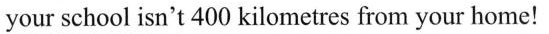
your school isn't 400 kilometres from your home!